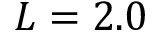
L = 2 . 0